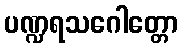
ပဏ္ဍရသဂေါတ္တော